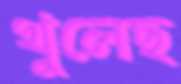
খুলেছ